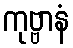
ကုဗ္ဗာနံ